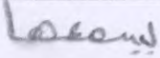
يسمعها